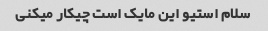
سلام استیو این مایک است چیکار میکنی